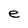
Character: e